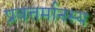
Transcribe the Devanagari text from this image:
प्रवत्तर्मानस्य